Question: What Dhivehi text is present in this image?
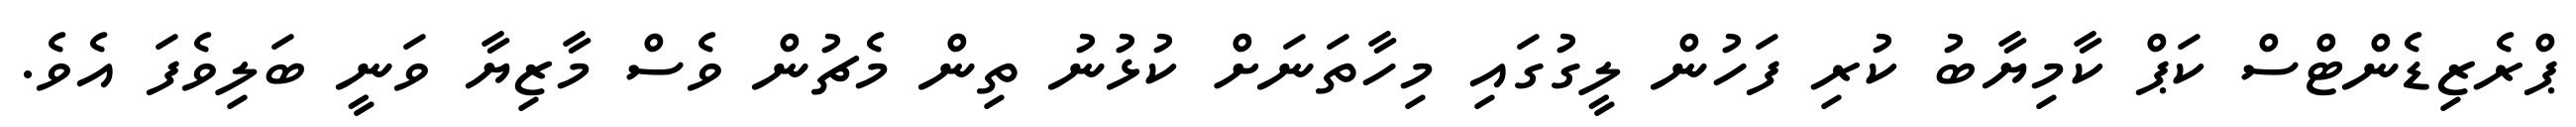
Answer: ޕްރެޒިޑެންޓްސް ކަޕް ކާމިޔާބު ކުރި ފަހުން ލީގުގައި މިހާތަނަށް ކުޅުނު ތިން މެޗުން ވެސް މާޒިޔާ ވަނީ ބަލިވެފަ އެވެ.